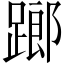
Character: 𨄂